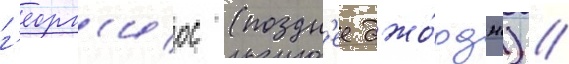
г'еорг'иос (поздн'ее джо́рдж) //